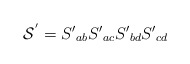
\begin{align*}{\cal S}^{'}=S{'}_{ab}S{'}_{ac}S{'}_{bd}S{'}_{cd}\end{align*}